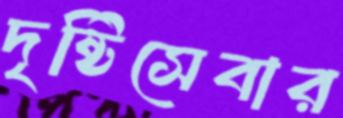
দৃষ্টিসেবার